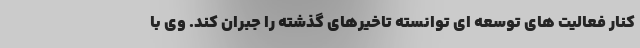
كنار فعاليت هاي توسعه اي توانسته تاخيرهاي گذشته را جبران كند. وي با